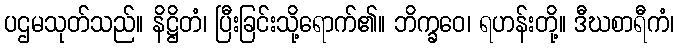
ပဌမသုတ်သည်။ နိဋ္ဌိတံ၊ ပြီးခြင်းသို့ရောက်၏။ ဘိက္ခဝေ၊ ရဟန်းတို့။ ဒီဃစာရီကံ၊